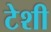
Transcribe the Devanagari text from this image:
टेशी